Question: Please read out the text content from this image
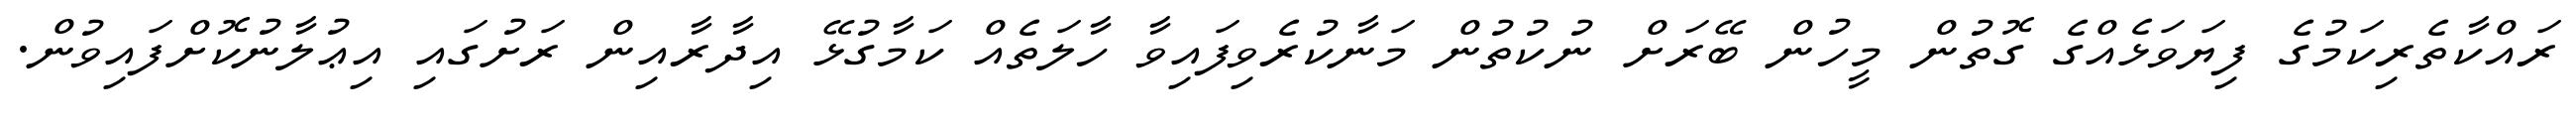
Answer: ރައްކާތެރިކަމުގެ ފިޔަވަޅެއްގެ ގޮތުން މީހުން ބޭރަށް ނުކުތުން މަނާކުރެވިފައިވާ ހާލަތެއް ކަމާގުޅޭ އިދާރާއިން ރަށުގައި އިޢުލާނުކޮށްފައިވުން.